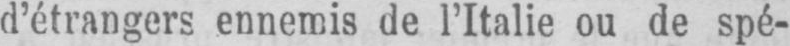
d’étrangers ennemis de l’Italie ou de spé-